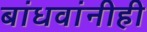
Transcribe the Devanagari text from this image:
बांधवांनीही